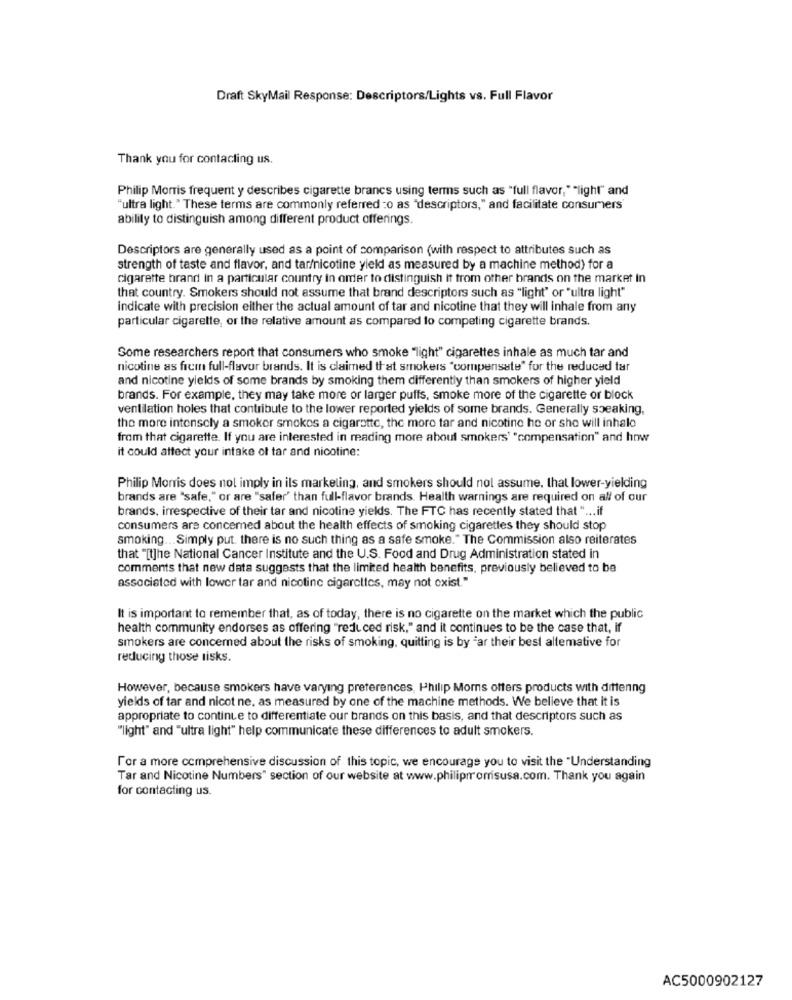
Draft SkyMail Response: Descriptors/Lights vs. Full Flavor
Thank you for contacting us.
Philip Morris frequent y describes cigarette brancs using terms such as "full flavor," "light" and
"ultra light." These terms are commonly referred :o as "descriptors," and facilitate consumers'
ability to distinguish among different product offerings.
Descriptors are generally used as a point of comparison (with respect to attributes such as
strength of taste and flavor, and tar/nicotine yield as measured by a machine method) for a
cigarette brand in a particular country in order to distinguish it from other brands on the market in
that country. Smokers should not assume that brand descriptors such as "light" or "ultra light"
indicate with precision either the actual amount of tar and nicotine that they will inhale from any
particular cigarette, or the relative amount as compared to competing cigarette brands.
Some researchers report that consumers who smoke "light" cigarettes inhale as much tar and
nicotine as frem full-flavor brands. It is claimed that smokers "compensate" for the reduced tar
and nicotine yields of some brands by smoking them differently than smokers of higher yield
brands. For example, they may take more or larger puffs, smoke more of the cigarette or block
ventilation holes that contribute to the lower reported yields of some brands. Generally speaking,
the more intensely a smoker smokes a cigarette, the more tar and nicotine he or she will inhalo
from that cigarette. If you are interested in reading more about smokers' "compensation" and how
it could attect your intake of tar and nicotine:
Philip Morris does not imply in ils marketing, and smokers should not assume, that lower-yielding
brands are "safe," or are "safer' than full-flavor brands. Health warnings are required on all of our
brands, irrespective of their tar and nicotine yields. The FTC has recently stated that " ... if
consumers are concerned about the health effects of smoking cigarettes they should stop
smoking ... Simply put. there is no such thing as a safe smoke." The Commission also reiterates
that "[t]he National Cancer Institute and the U.S. Food and Drug Administration stated in
comments that new data suggests that the limited health benefits, previously believed to be
associated with lower tar and nicotine cigarettes, may not exist."
It is important to remember that, as of today, there is no cigarette on the market which the public
health community endorses as offering "reduced risk," and it continues to be the case that, if
smokers are concerned about the risks of smoking, quitting is by "ar their best altemative for
reducing those risks.
However, because smokers have varying preferences, Philip Morns otters products with dittenng
yields of tar and nicot ne, as measured by one of the machine methods. We believe that it is
appropriate to continue to differentiate our brands on this basis, and that descriptors such as
"light" and "ultra light" help communicate these differences to adult smokers.
For a more comprehensive discussion of this topic, we encourage you to visit the "Understanding
Tar and Nicotine Numbers" section of our website at www.philipmorrisusa.com. Thank you again
for contacting us.
AC5000902127